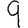
Digit: 9